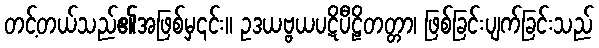
တင့်တယ်သည်၏အဖြစ်မှ၎င်း။ ဥဒယဗ္ဗယပဋိပီဠိတတ္တာ၊ ဖြစ်ခြင်းပျက်ခြင်းသည်